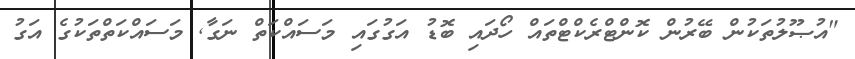
"އުޞޫލުތަކުން ބޭރުން ކޮންޓްރެކްޓްތައް ހޯދައި ބޮޑު އަގުގައި މަސައްކަތް ނަގާ